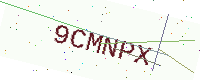
Text: 9CMNPX